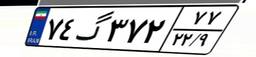
۷۴گ۳۷۲۷۷